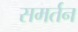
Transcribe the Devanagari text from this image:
समर्तन